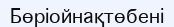
Бөріойнақтөбені